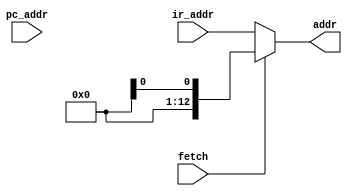
module adr(
    addr,
    fetch,
    ir_addr,
    pc_addr
    );
    output  [12:0]  addr;
    input   [12:0]  ir_addr, pc_addr;
    input   fetch;
    
    assign  addr = fetch ? pz_addr : ir_addr;
    
endmodule